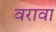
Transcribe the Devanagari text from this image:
वरावा